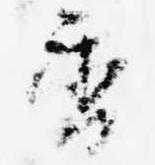
香